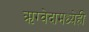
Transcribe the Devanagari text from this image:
ऋग्वेदामध्येही